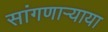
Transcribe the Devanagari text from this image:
सांगणार्‍याया